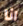
انا